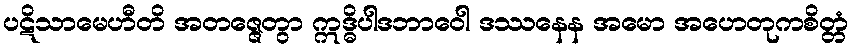
ပဋိသာမေဟီတိ အတဇ္ဇေတွာ ဣဒ္ဓိပါဒဘာဝေါ ဒဿနေန အမော အဟေတုကစိတ္တံ